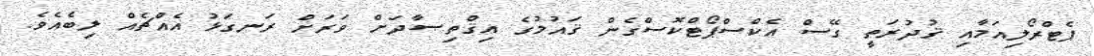
ޕެޓްރޯލިއަމާއި ޤުދުރަތީ ގޭސް އެކްސްޕޯޓްކޮސްގެން ޤައުމުގެ އިޤްތިޞާދަށް ވަރަށް ރަނގަޅު އެއްޗެއް ލިބެއެވެ.